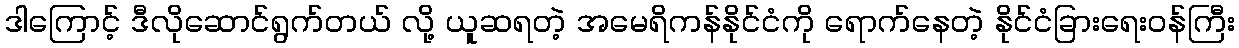
ဒါကြောင့် ဒီလိုဆောင်ရွက်တယ် လို့ ယူဆရတဲ့ အမေရိကန်နိုင်ငံကို ရောက်နေတဲ့ နိုင်ငံခြားရေးဝန်ကြီး